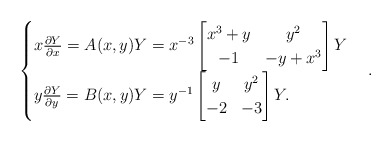
\begin{align*} \begin{cases}x \frac{\partial Y}{\partial x} = A(x, y) Y = x^{-3}\begin{bmatrix} x^3 +y & y^2 \\ -1 & -y + x^3 \end{bmatrix} Y\\y \frac{\partial Y}{\partial y} = B(x, y) Y = y^{-1} \begin{bmatrix} y & y^2 \\ -2 & -3\end{bmatrix} Y.\end{cases} . \end{align*}